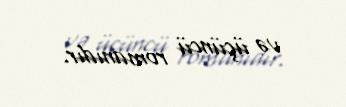
və üçüncü romanıdır.